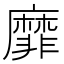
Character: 靡